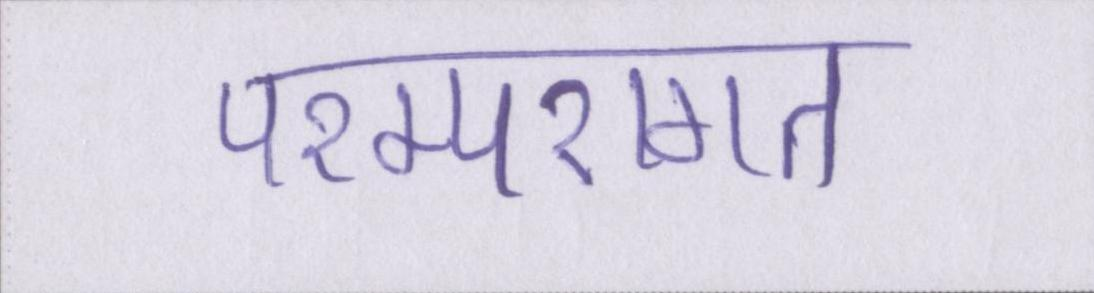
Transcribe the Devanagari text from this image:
परम्परागत